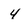
Character: 4